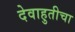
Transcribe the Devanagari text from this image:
देवाहुतीचा